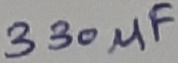
Text: 330µF